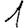
Digit: 1